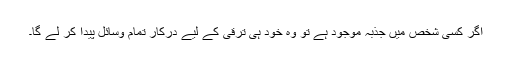
اگر کسی شخص میں جذبہ موجود ہے تو وہ خود ہی ترقی کے لیے درکار تمام وسائل پیدا کر لے گا۔